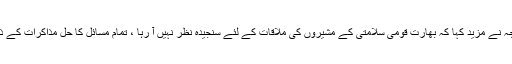
ترجمان دفتر خارجہ نے مزید کہا کہ بھارت قومی سلامتی کے مشیروں کی ملاقات کے لئے سنجیدہ نظر نہیں آ رہا ، تمام مسائل کا حل مذاکرات کے ذریعے چاہتے ہیں۔